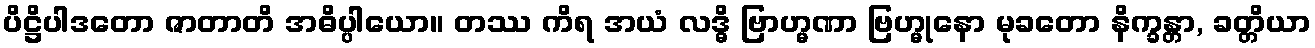
ပိဋ္ဌိပါဒတော ဇာတာတိ အဓိပ္ပါယော။ တဿ ကိရ အယံ လဒ္ဓိ ဗြာဟ္မဏာ ဗြဟ္မုနော မုခတော နိက္ခန္တာ, ခတ္တိယာ